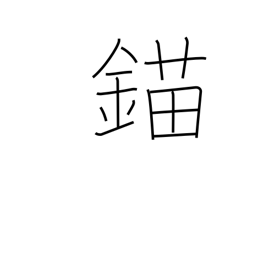
Meaning: anchor